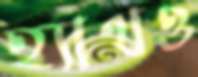
হ্যাথও